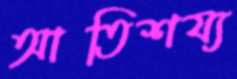
আতিশয্য